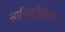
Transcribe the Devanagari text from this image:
साहित्यविकास